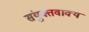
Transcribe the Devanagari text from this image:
संयुक्तवाक्य